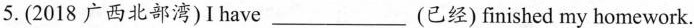
5.(2018广西北部湾)I have___ (已经)finished my homework.